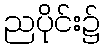
ညပိုင်း၌